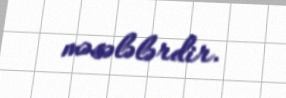
məsələlərdir.